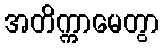
အတိက္ကာမေတွာ